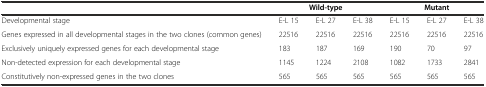
|  | <COLSPAN=3> Wild-type | <COLSPAN=3> Mutant |
 | --- | --- | --- | --- | --- | --- | --- |
 | Developmental stage | E-L 15 | E-L 27 | E-L 38 | E-L 15 | E-L 27 | E-L 38 |
 | Genes expressed in all developmental stages in the two clones (common genes) | 22516 | 22516 | 22516 | 22516 | 22516 | 22516 |
 | Exclusively uniquely expressed genes for each developmental stage | 183 | 187 | 169 | 190 | 70 | 97 |
 | Non-detected expression for each developmental stage | 1145 | 1224 | 2108 | 1082 | 1733 | 2841 |
 | Constitutively non-expressed genes in the two clones | 565 | 565 | 565 | 565 | 565 | 565 |